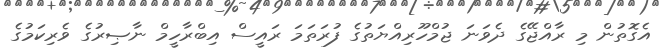
އެގޮތުން މި ރާއްޖޭގެ ދެވަނަ ޖުމްހޫރިއްޔަތުގެ ފުރަތަމަ ރައީސް އިބްރާހީމް ނާޞިރުގެ ވެރިކަމުގެ